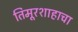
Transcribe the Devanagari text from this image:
तिमूरशाहाचा